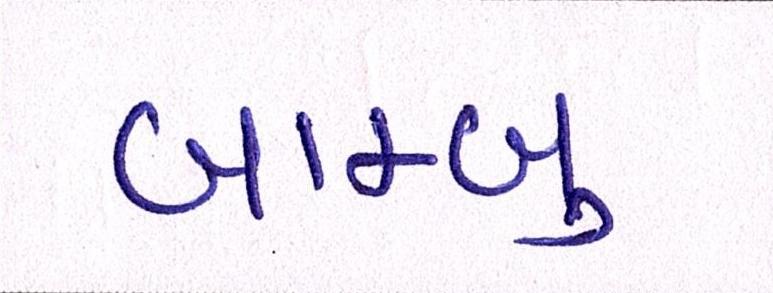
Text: બામ્બુ